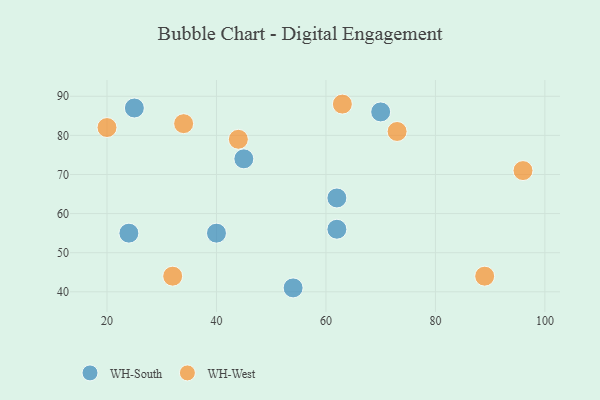
{"axis": {"x": "GDP", "y": "Life Expectancy"}, "legend": ["WH-South", "WH-West"], "data": [{"x": "62", "y": 56, "type": "WH-South"}, {"x": "62", "y": 64, "type": "WH-South"}, {"x": "40", "y": 55, "type": "WH-South"}, {"x": "54", "y": 41, "type": "WH-South"}, {"x": "45", "y": 74, "type": "WH-South"}, {"x": "70", "y": 86, "type": "WH-South"}, {"x": "25", "y": 87, "type": "WH-South"}, {"x": "24", "y": 55, "type": "WH-South"}, {"x": "32", "y": 44, "type": "WH-West"}, {"x": "20", "y": 82, "type": "WH-West"}, {"x": "44", "y": 79, "type": "WH-West"}, {"x": "89", "y": 44, "type": "WH-West"}, {"x": "73", "y": 81, "type": "WH-West"}, {"x": "96", "y": 71, "type": "WH-West"}, {"x": "63", "y": 88, "type": "WH-West"}, {"x": "34", "y": 83, "type": "WH-West"}]}